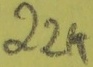
Text: 22K